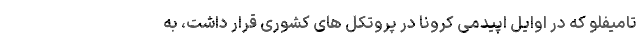
تامیفلو که در اوایل اپیدمی کرونا در پروتکل های کشوری قرار داشت، به